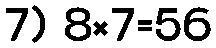
7) 8×7=56